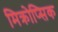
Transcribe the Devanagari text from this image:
मिक्रोप्सिक